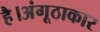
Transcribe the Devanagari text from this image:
है।अंगूठाकार